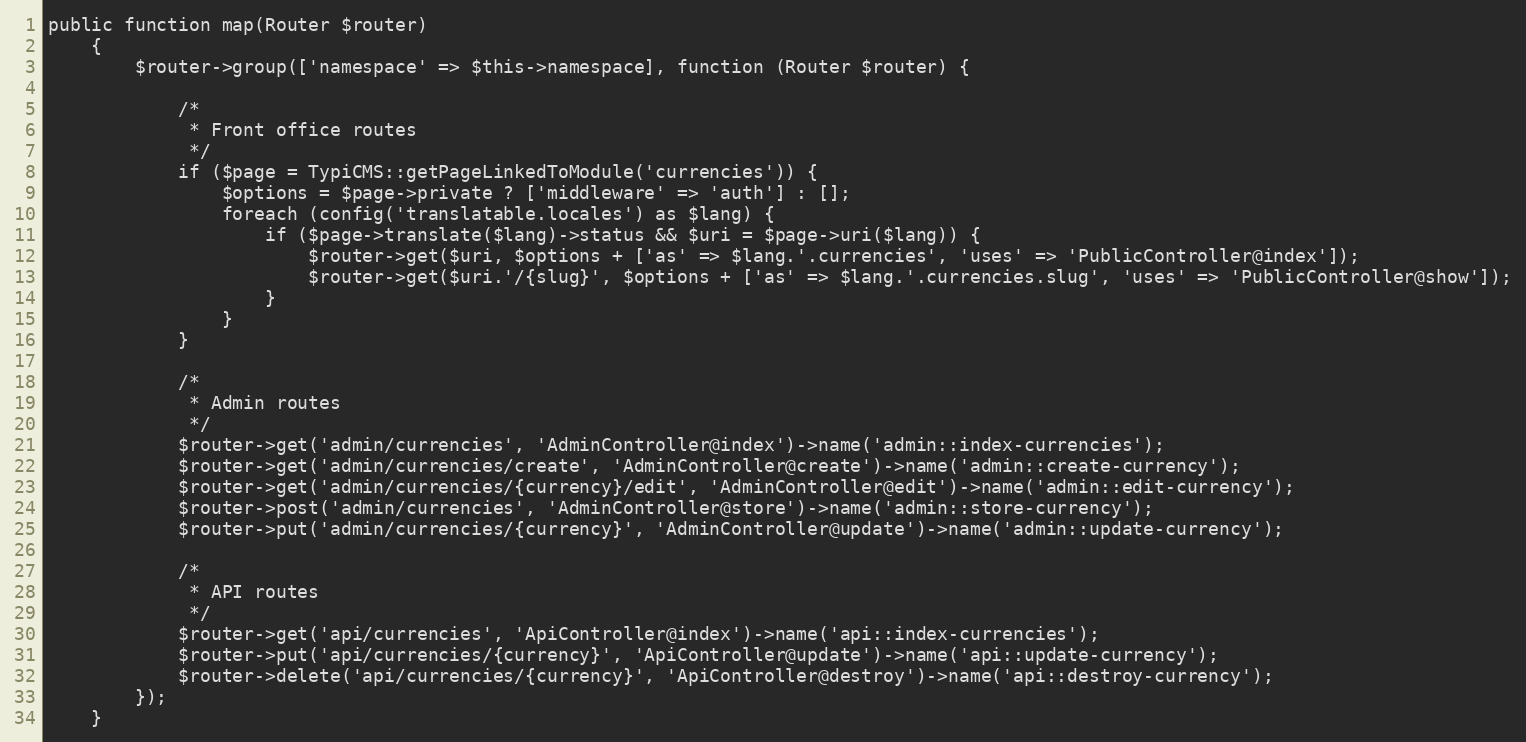
Language: PHP
public function map(Router $router)
    {
        $router->group(['namespace' => $this->namespace], function (Router $router) {

            /*
             * Front office routes
             */
            if ($page = TypiCMS::getPageLinkedToModule('currencies')) {
                $options = $page->private ? ['middleware' => 'auth'] : [];
                foreach (config('translatable.locales') as $lang) {
                    if ($page->translate($lang)->status && $uri = $page->uri($lang)) {
                        $router->get($uri, $options + ['as' => $lang.'.currencies', 'uses' => 'PublicController@index']);
                        $router->get($uri.'/{slug}', $options + ['as' => $lang.'.currencies.slug', 'uses' => 'PublicController@show']);
                    }
                }
            }

            /*
             * Admin routes
             */
            $router->get('admin/currencies', 'AdminController@index')->name('admin::index-currencies');
            $router->get('admin/currencies/create', 'AdminController@create')->name('admin::create-currency');
            $router->get('admin/currencies/{currency}/edit', 'AdminController@edit')->name('admin::edit-currency');
            $router->post('admin/currencies', 'AdminController@store')->name('admin::store-currency');
            $router->put('admin/currencies/{currency}', 'AdminController@update')->name('admin::update-currency');

            /*
             * API routes
             */
            $router->get('api/currencies', 'ApiController@index')->name('api::index-currencies');
            $router->put('api/currencies/{currency}', 'ApiController@update')->name('api::update-currency');
            $router->delete('api/currencies/{currency}', 'ApiController@destroy')->name('api::destroy-currency');
        });
    }